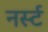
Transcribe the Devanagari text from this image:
नर्स्ट